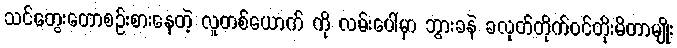
သင်တွေးတောစဉ်းစားနေတဲ့ လူတစ်ယောက် ကို လမ်းပေါ်မှာ ဘွားခနဲ ခလုတ်တိုက်ဝင်တိုးမိတာမျိုး